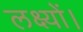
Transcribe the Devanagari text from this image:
लक्ष्यों।